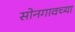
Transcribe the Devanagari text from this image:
सोनगावच्या